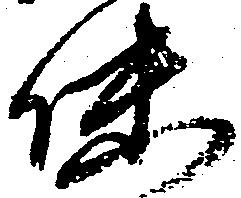
昧